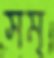
সম্‌